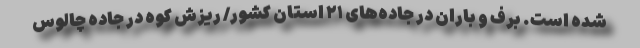
شده است. برف و باران در جاده‌های ۲۱ استان کشور/ ریزش کوه در جاده چالوس